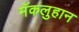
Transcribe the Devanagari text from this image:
मॅकलुहान